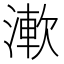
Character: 𣼴